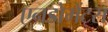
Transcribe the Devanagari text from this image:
एनडोमेंट्स